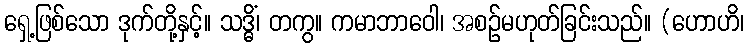
ရှေ့ဖြစ်သော ဒုက်တို့နှင့်။ သဒ္ဓိံ၊ တကွ။ ကမာဘာဝေါ၊ အစဉ်မဟုတ်ခြင်းသည်။ (ဟောဟိ၊